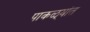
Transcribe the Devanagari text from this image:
पाकळ्यांत